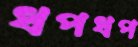
ধপধপ